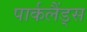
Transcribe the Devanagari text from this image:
पार्कलैंड्स